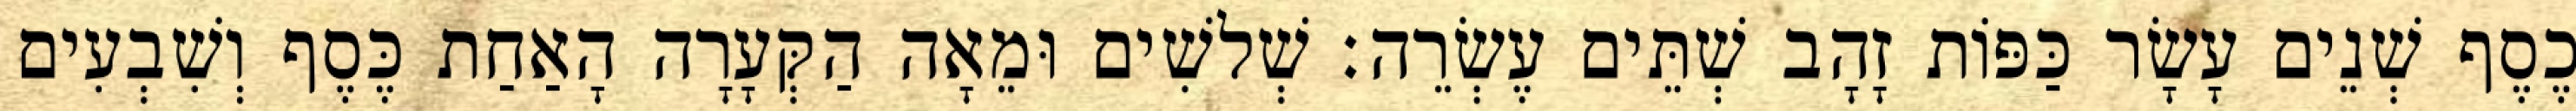
כֶסֶף שְׁנֵים עָשָׂר כַּפּוֹת זָהָב שְׁתֵּים עֶשְׂרֵה׃ שְׁלשִׁים וּמֵאָה הַקְּעָרָה הָאַחַת כֶּסֶף וְשִׁבְעִים